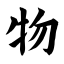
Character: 物